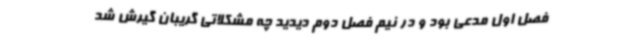
فصل اول مدعی بود و در نیم فصل دوم دیدید چه مشکلاتی گریبان گیرش شد